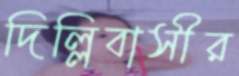
দিল্লিবাসীর